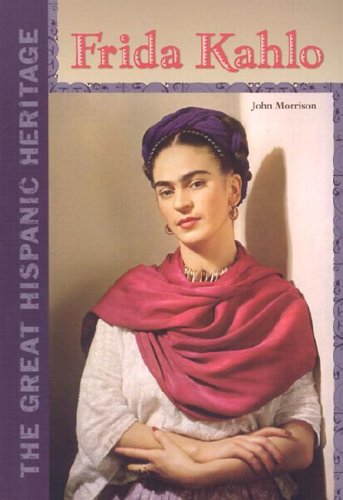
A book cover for Frida Kahlo (Great Hispanic Heritage); John F. Morrison; Teen & Young Adult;